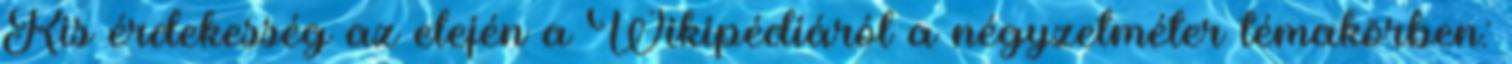
Kis érdekesség az elején a Wikipédiáról a négyzetméter témakörben: